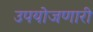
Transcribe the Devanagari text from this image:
उपयोजणारी